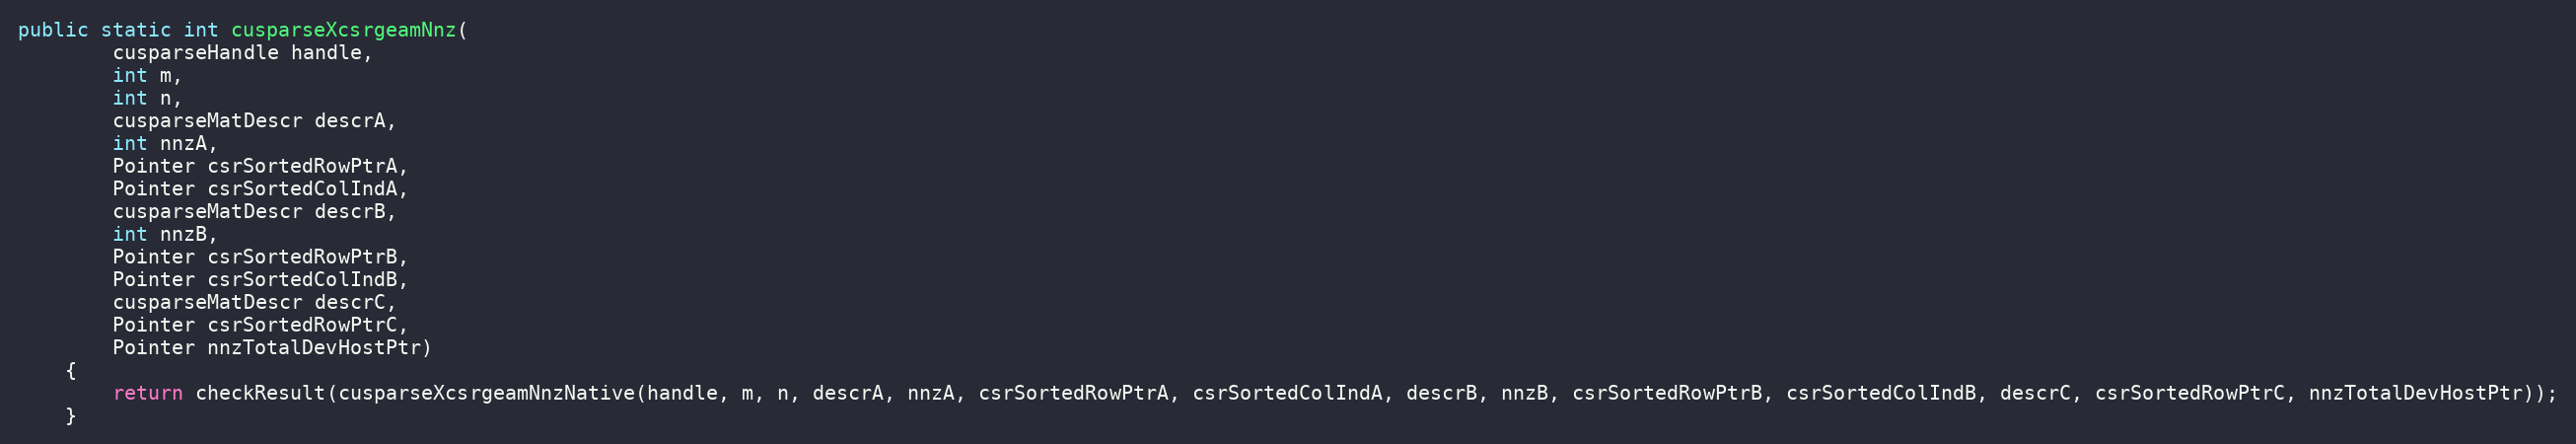
Language: Java
public static int cusparseXcsrgeamNnz(
        cusparseHandle handle,
        int m,
        int n,
        cusparseMatDescr descrA,
        int nnzA,
        Pointer csrSortedRowPtrA,
        Pointer csrSortedColIndA,
        cusparseMatDescr descrB,
        int nnzB,
        Pointer csrSortedRowPtrB,
        Pointer csrSortedColIndB,
        cusparseMatDescr descrC,
        Pointer csrSortedRowPtrC,
        Pointer nnzTotalDevHostPtr)
    {
        return checkResult(cusparseXcsrgeamNnzNative(handle, m, n, descrA, nnzA, csrSortedRowPtrA, csrSortedColIndA, descrB, nnzB, csrSortedRowPtrB, csrSortedColIndB, descrC, csrSortedRowPtrC, nnzTotalDevHostPtr));
    }